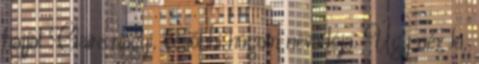
hajjal Claire nagyi, későbbi húgom névadója. Úgy néz ki,